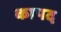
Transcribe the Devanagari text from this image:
कापद